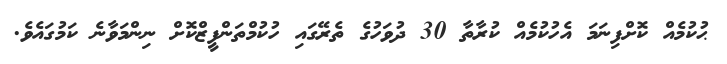
ޙުކުމެއް ކޮށްފިނަމަ އެހުކުމެއް ކުރާތާ 30 ދުވަހުގެ ތެރޭގައި ހުކުމްތަންފީޒްކޮށް ނިންމަވާނެ ކަމުގައެވެ.